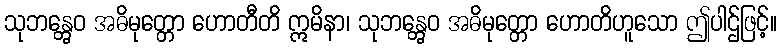
သုဘန္တွေဝ အဓိမုတ္တော ဟောတီတိ ဣမိနာ၊ သုဘန္တွေဝ အဓိမုတ္တော ဟောတိဟူသော ဤပါဌ်ဖြင့်။